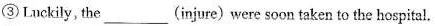
③Luckily, the___(injure) were soon taken to the hospital.